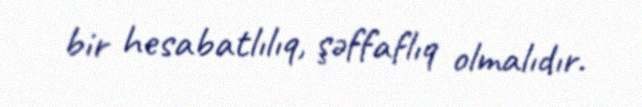
bir hesabatlılıq, şəffaflıq olmalıdır.